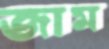
জাম